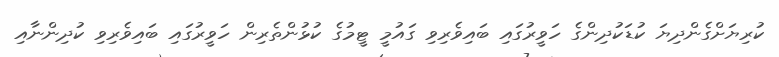
ކުރިޔަށްގެންދިޔަ ކުޑަކުދިންގެ ހަވީރުގައި ބައިވެރިވި ގައުމީ ޓީމުގެ ކުޅުންތެރިން ހަވީރުގައި ބައިވެރިވި ކުދިންނާއި